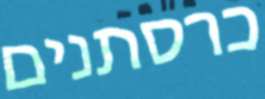
כרסתנים